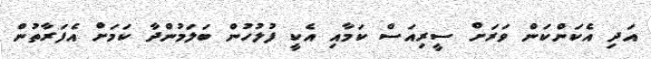
އަދި އެކަންކަން ވަރަށް ސީރިއަސް ކަމާއި އެކީ ފުލުހުން ބަލަމުންދާ ކަމަށް އެފަރާތުން